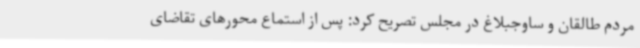
مردم طالقان و ساوجبلاغ در مجلس تصریح کرد: پس از استماع محورهای تقاضای